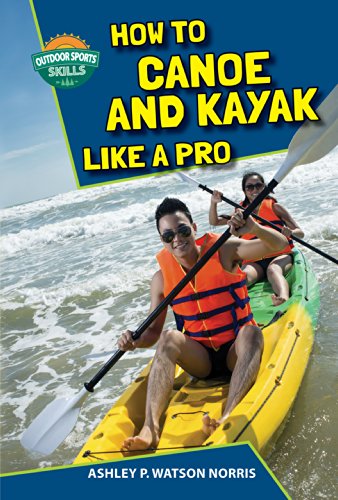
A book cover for How to Canoe and Kayak Like a Pro (Outdoor Sports Skills); Ashley P. Watson Norris; Teen & Young Adult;